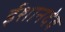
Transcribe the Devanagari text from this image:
ईशानदेव